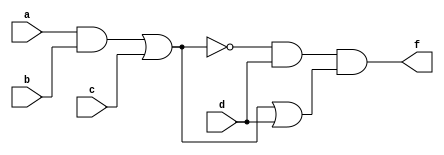
module q1b1(a,b,c,d,f);
	input a,b,c,d;
	output f;
	assign x1 = (~((a & b) | c)) & d;
	assign x2 = ((a & b) | c) | d;
	assign f = x1 & x2;
endmodule